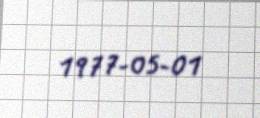
1977-05-01